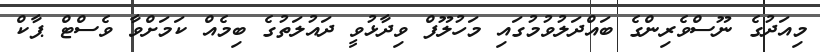
މިއަދުގެ ނޫސްވެރިންގެ ބައްދަލުވުމުގައި މަހުލޫފް ވިދާޅުވީ ދައުލަތުގެ ބިމެއް ކަމަށްވާ ވެސްޓް ޕާކް